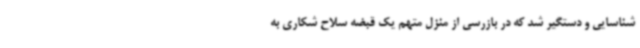
شناسایی و دستگیر شد که در بازرسی از منزل متهم یک قبضه سلاح شکاری به